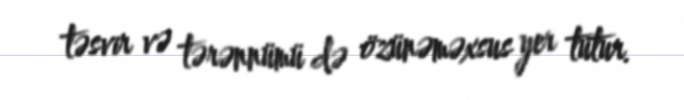
təsvir və tərənnümü də özünəməxsus yer tutur.